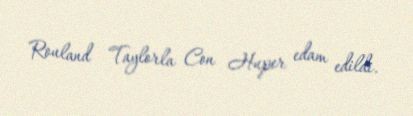
Rouland Taylorla Con Huper edam edildi.